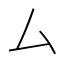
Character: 厶